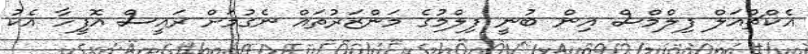
އެކްޗުއަލް ފިލްމްސް އިން ބުނީ ފިލްމުގެ މަންޒަރުތައް ނެގުމަށް ރައީސް އޮފީހާ އެކު